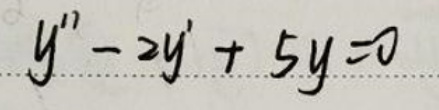
$y'' - 2y' + 5y = 0$